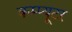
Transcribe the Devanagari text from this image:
कम्प्‍यूटर